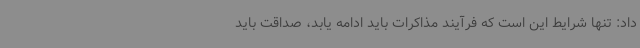
داد: تنها شرایط این است که فرآیند مذاکرات باید ادامه یابد، صداقت باید